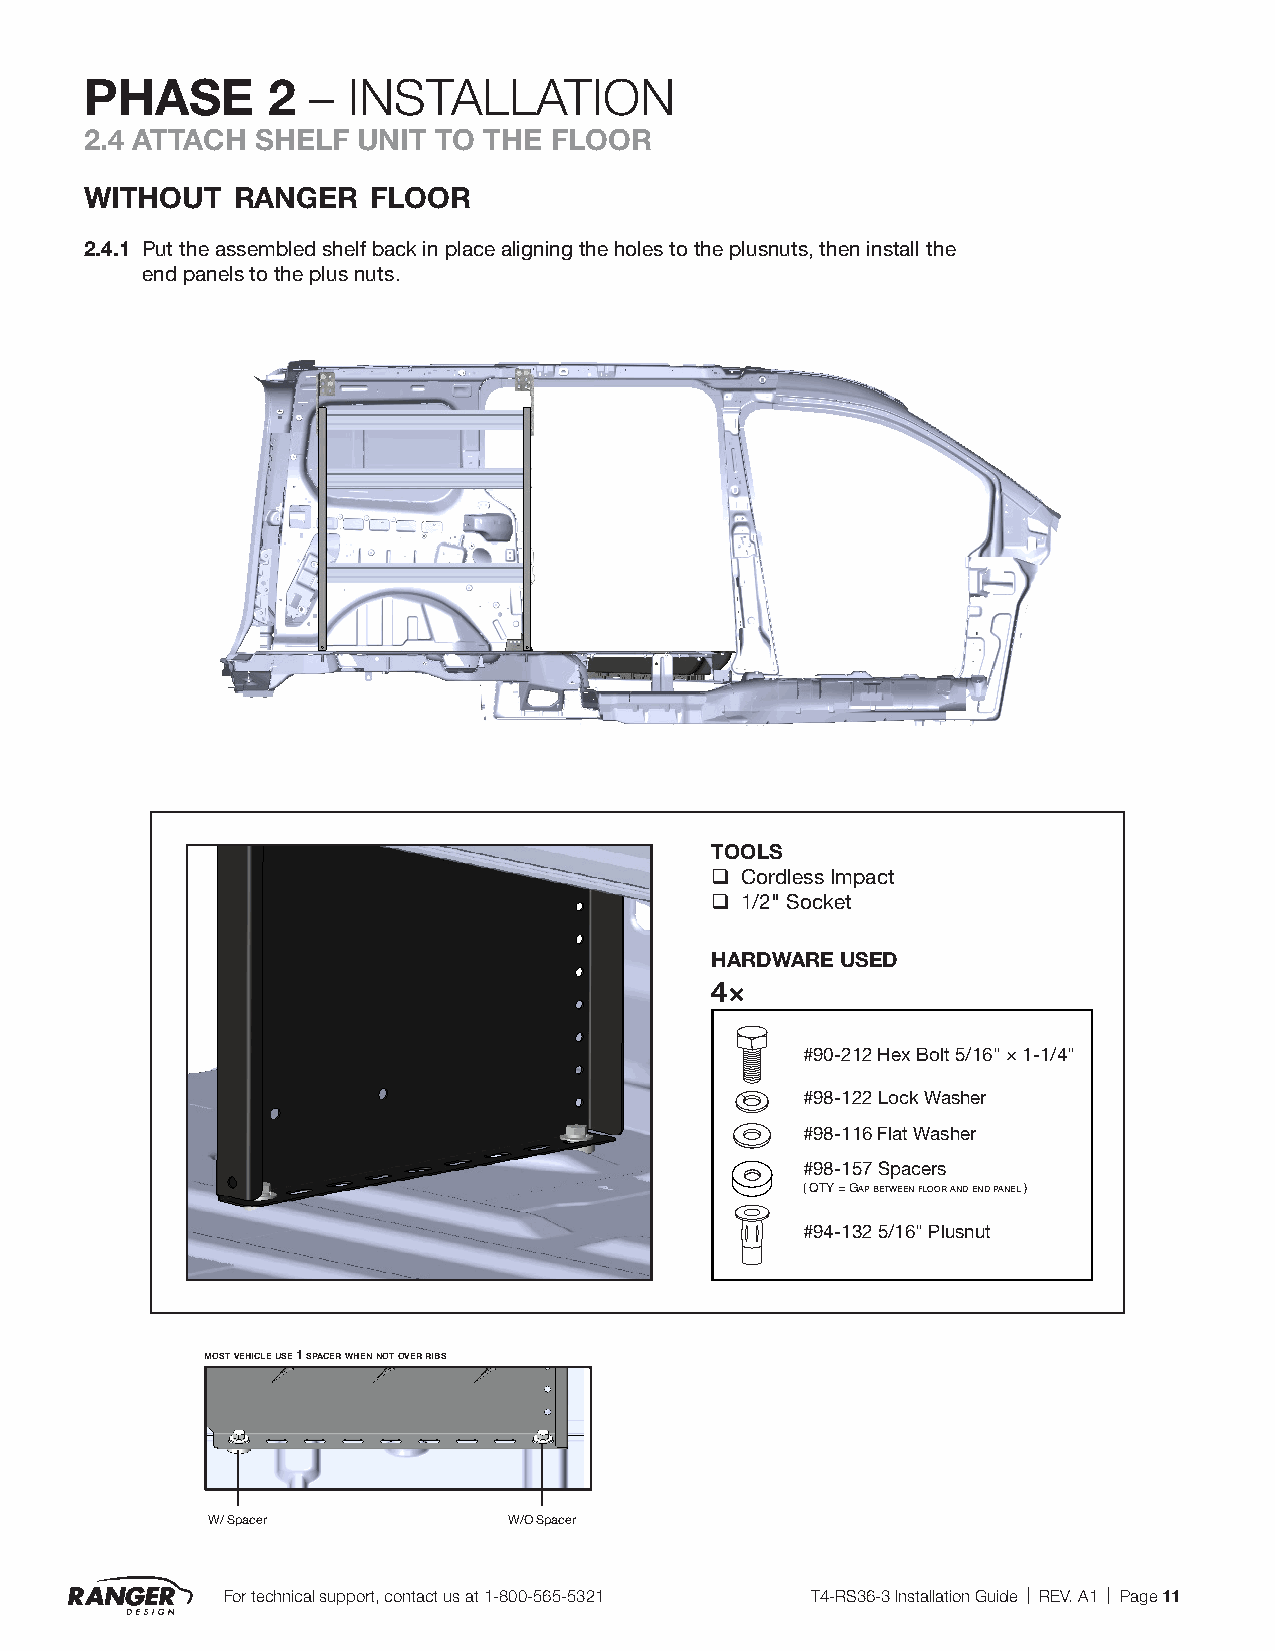
PHASE       2 –  INSTALLATION
 2.4 ATTACH SHELF  UNIT TO THE FLOOR
 without  ranger   floor
 2.4.1 Put the assembled shelf back in place aligning the holes to the plusnuts, then install the
 end panels to the plus nuts.
 TOOLS
 q Cordless Impact
 q 1/2" Socket
 HARDWARE USED
 4×
 #90-212 Hex Bolt 5/16" × 1-1/4"
 #98-122 Lock Washer
 #98-116 Flat Washer
 #98-157 Spacers
 ( QTY = Gap beTween floor and end panel )
 #94-132 5/16" Plusnut
 most vehicle use 1 spacer when not over ribs
 W/ Spacer           W/O Spacer
 For technical support, contact us at 1-800-565-5321 T4-RS36-3 Installation Guide | REV. A1 | Page 11